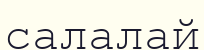
салалай